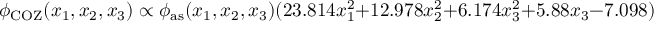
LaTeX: \phi _ { \mathrm { C O Z } } ( x _ { 1 } , x _ { 2 } , x _ { 3 } ) \propto \phi _ { \mathrm { a s } } ( x _ { 1 } , x _ { 2 } , x _ { 3 } ) ( 2 3 . 8 1 4 x _ { 1 } ^ { 2 } + 1 2 . 9 7 8 x _ { 2 } ^ { 2 } + 6 . 1 7 4 x _ { 3 } ^ { 2 } + 5 . 8 8 x _ { 3 } - 7 . 0 9 8 ) \; .